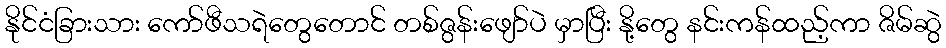
နိုင်ငံခြားသား ကော်ဖီသရဲတွေတောင် တစ်ဇွန်းဖျော်ပဲ မှာပြီး နို့တွေ နင်းကန်ထည့်ကာ ဇိမ်ဆွဲ